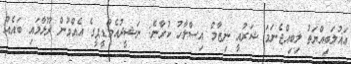
އަޣުލަބިއްޔަތު ލިބިއްޖެނަމަ ޝަރުއީ ނިޒާމް އިސްލާހު ކުރާނެ: ނަޝީދުއެމްޑީޕީގެ އެއްވުން ރޫޅާލައި ބައެއް